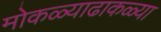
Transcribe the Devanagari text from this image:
मोकळ्याढाकळ्या